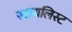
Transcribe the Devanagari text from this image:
स्टायलिस्ट